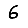
Digit: 6